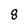
Character: 8